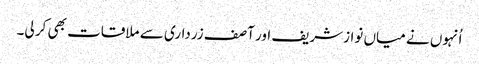
اُنہوں نے میاں نوازشریف اور آصف زرداری سے ملاقات بھی کر لی۔